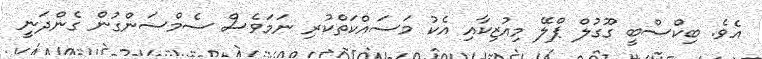
އެވެ. ބިކްސްބީ ގޫގުލް ޕްލޭ މިއުޒިކާއި އެކު މަސައްކަތްކުރި ނަމަވެސް ސެމްސަންގުން ގެންދަނީ